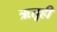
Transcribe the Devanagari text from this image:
ऋतूही